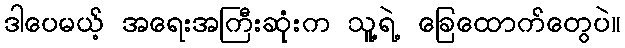
ဒါပေမယ့် အရေးအကြီးဆုံးက သူ့ရဲ့ ခြေထောက်တွေပဲ။